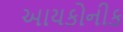
આયકોનીક